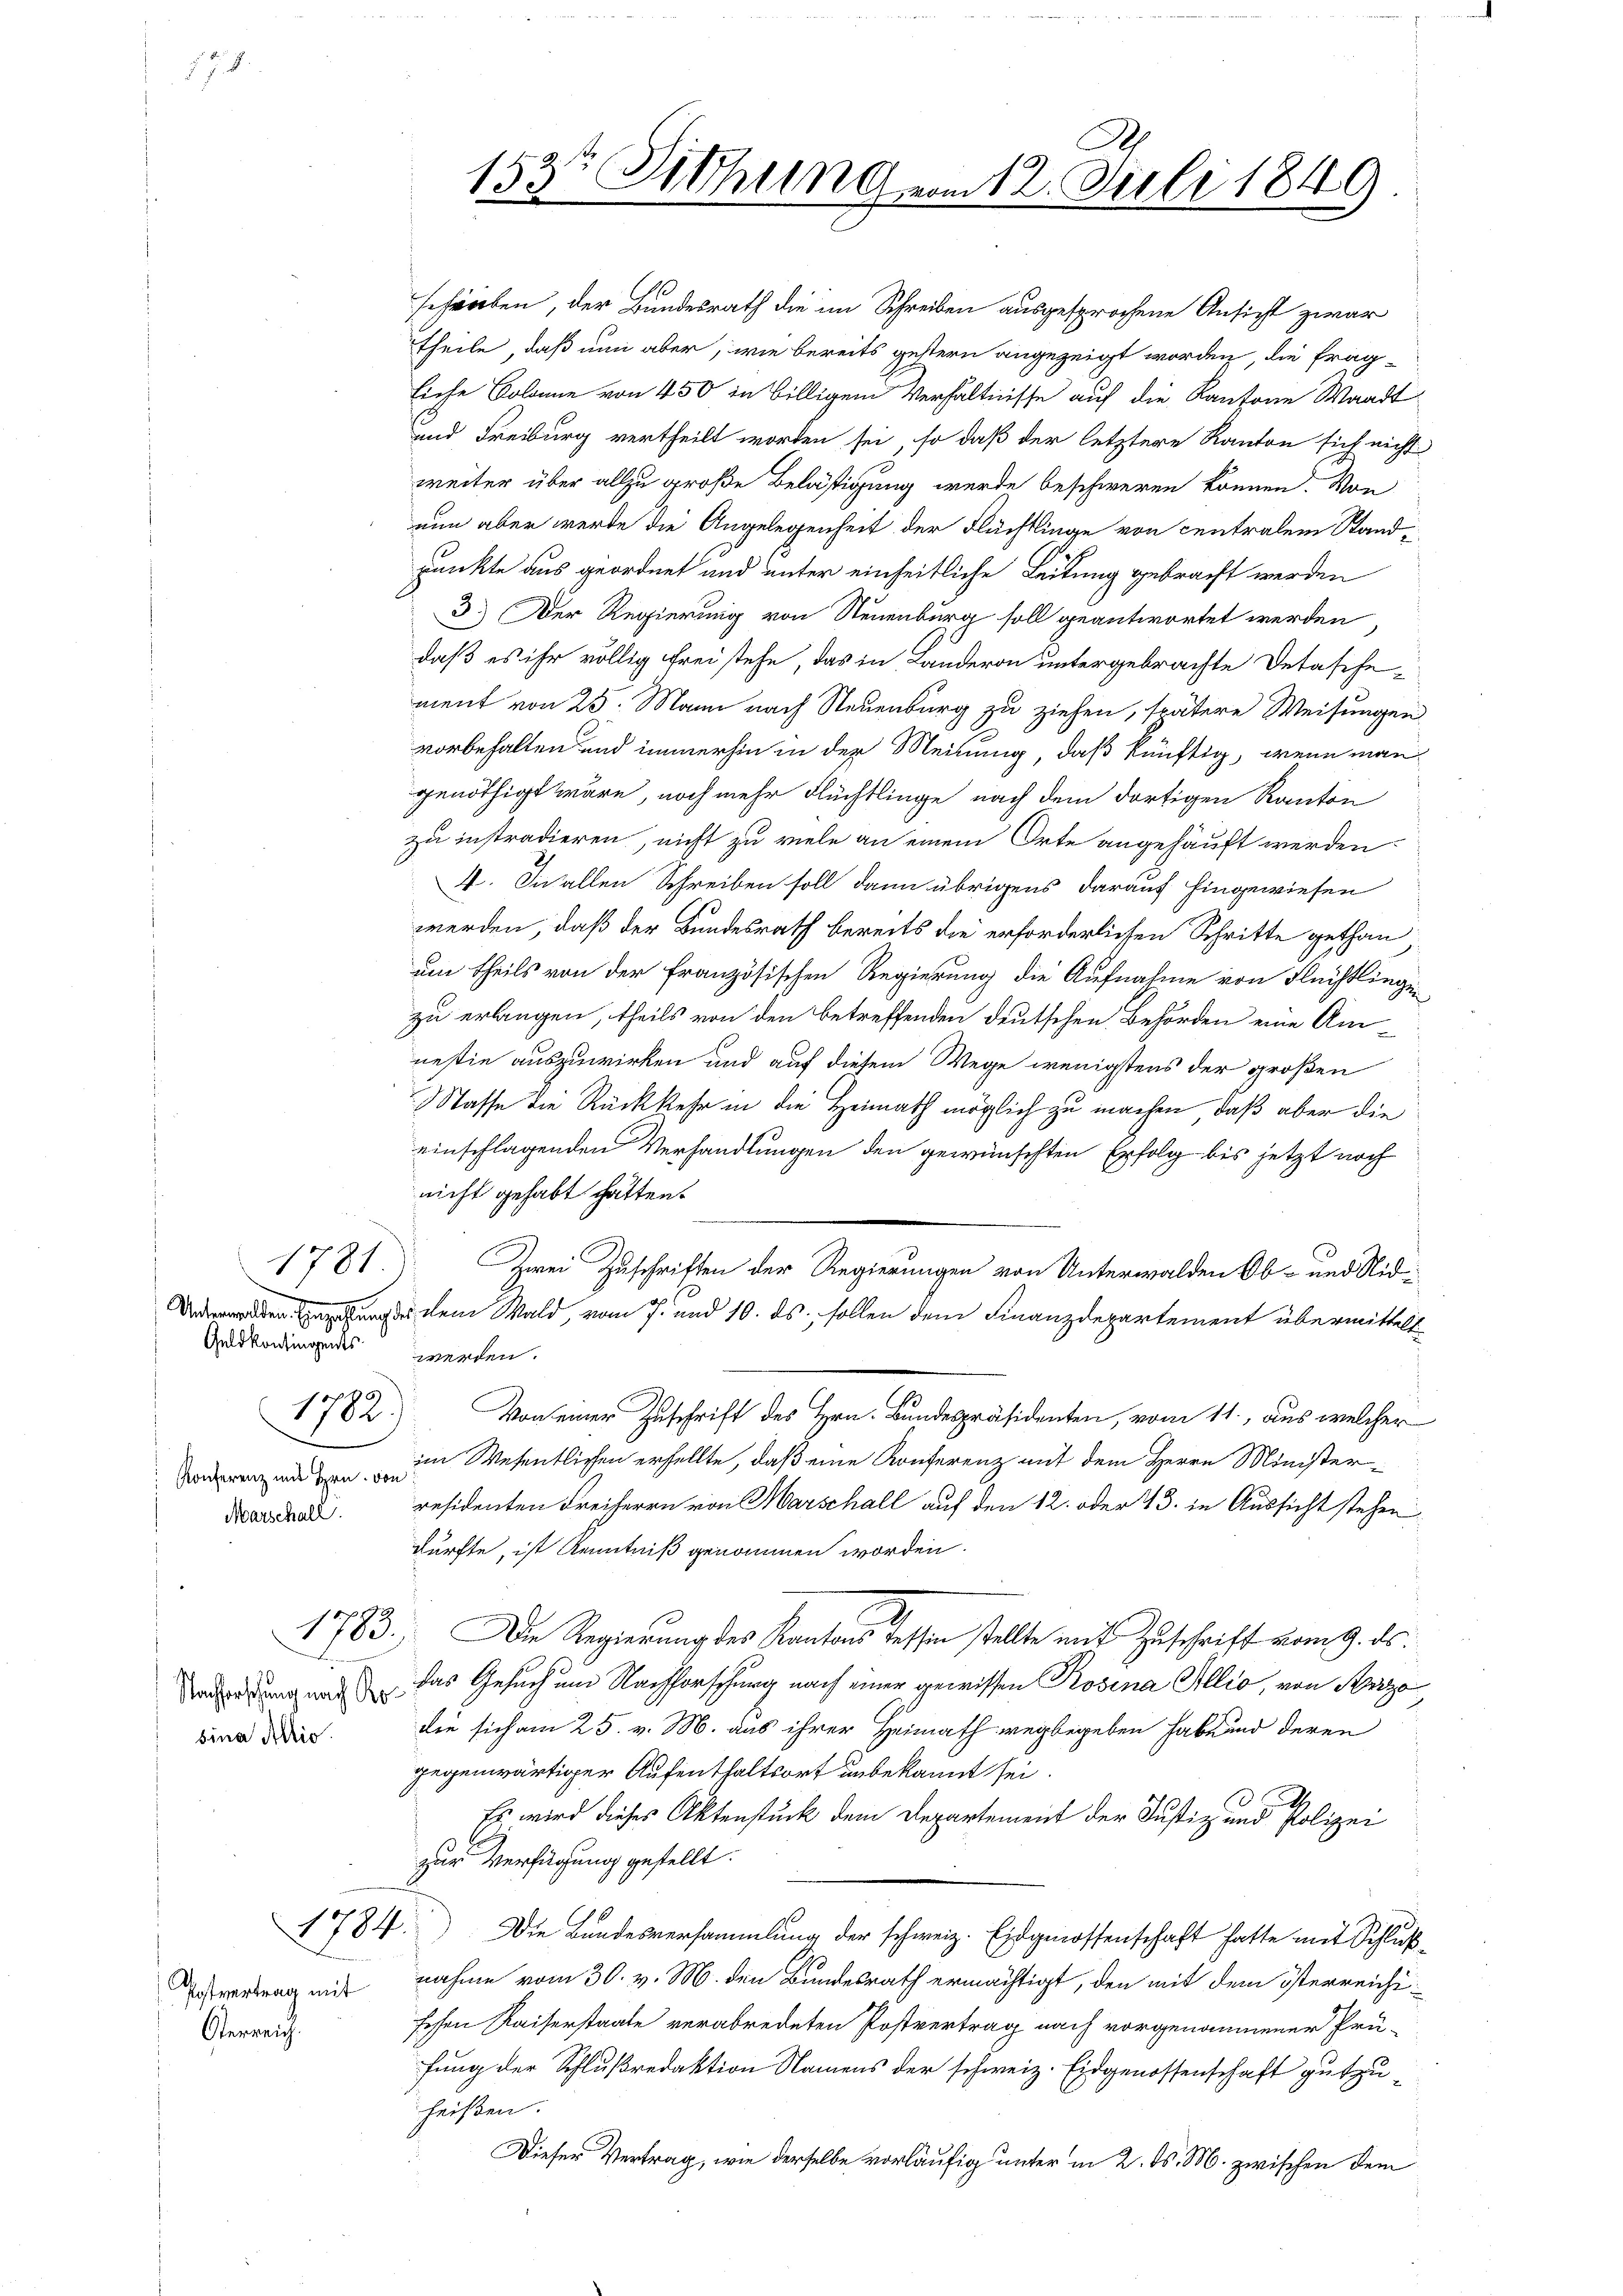
1781
Geld kontingents

Marschall

1782.

Nachforschung nach Rosina Allio

Postvertrag mit
Verreich.

sefreiben, der Bundesrath die im Schreiben ausgesprochene Ansicht zwar
Theile, daß nun aber, wie bereits gestern angezeigt worden, die fragliehe Colonne von 450 in billigem Verhältnisse auf die Kantone Waadt
Und Freiburg vertheilt worden sei, so daß der letztere Kanton sich nicht
weiter über allzu große Belästigung werde beschweren können. Von
nun aber werde die Angelegenheit der Flüchtlinge von centralem Standpunkte aus geordnet und unter einheitliche Leitung gebracht werden
3.) Der Regierung von Steuenburg soll geantwortet werden
daß es ihr völlig frei stehe, das in Landeron untergebrachte Detasche-
ment von 25. Mann nach Steuenburg zu ziehen, spätere Weisungen.
vorbehalten und immerhin in der Meinung, daß künftig, wenn man
genöthigt wäre, noch mehr Flüchtlinge nach dem dortigen Kanton
zu instradieren, nicht zu viele an einem Orte angehäuft werden.
4. In allen Schreiben soll dann übrigens darauf hingewiesen
werden, daß der Bundesrath bereits die erforderlichen Schritte gethan
um theils von der Französischen Regierung die Aufnahme von Flüchtlingen,
zu erlangen, theils von den Betreffenden deutschen Behörden eine Am
nestie auszuwirken und auf diesem Wege wenigstens der großen
Wasse die Rückkehr in die Heimath möglich zu machen, daß aber die
einschlagenden Verhandlungen den gewünschten Erfolg bis jetzt noch
nicht gehabt hätten.
Zwei Zuschriften der Regierungen von Unterwalden Ob- und Nidenage dem Wald, vom 7. und 10. ds., sollen dem Finanzdepartement übermittelt
werden.
5
Von einer Zuschrift des Hrn. Bundespräsidenten, vom 11., aus welcher
Kongrenz in den im Wesentlichen erhellte, daß eine Konferenz mit dem Herrn Ministerresidenten Freiherrn von Marschall auf den 12. oder 13. in Aussicht stehen
dürfte, ist Kenntniß genommen worden.
1783.) Die Regierung des Kantons Tessin stellte mit Zuschrift vom 9. ds.
das Gesuch um Nachforschung nach einer gewissen Rosina Allio, von Herzo
die sich am 25. v. M. aus ihrer Heimath wegbegeben habe und deren
gegenwärtiger Aufenthaltsort unbekannt sei.
d
Es wird dieses Aktenstück dem Departement der Justiz- und Polizei
zur Verfügung gestellt.

Die Bandesversammlung der schweiz. Eidgenossenschaft hatte mit Schlußnahme vom 30. v. M. den Bundesrath ermächtigt, den mit dem österreichisessen Kaiserstaate verabredeten Postvertrag nach vorgenommener Prüfung der Schlußredaktion Namens der schweiz. Eidgenossenschaft gutzuheißen.
Dieser Vertrag, wie derselbe vorläufig unter in 2. d. M. zwischen dem

1784.

153t Sitzung

12. Juli 1849